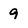
Character: 9